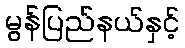
မွန်ပြည်နယ်နှင့်